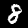
Label: 8